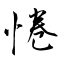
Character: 惓